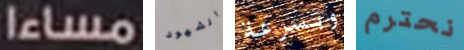
مساءا الشهود وبسرعة نحترم